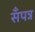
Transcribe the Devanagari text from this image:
सँपन्न